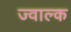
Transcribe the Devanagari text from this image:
ज्वाल्क